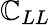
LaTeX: \mathbb{C}_{LL}